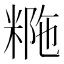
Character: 𥺡